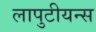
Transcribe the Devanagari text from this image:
लापुटीयन्स